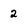
Character: 2